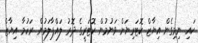
ކައި ނިމިގެން އިޔާޒް ކޮޓަރިޔަށް ވަނުމުން ކޮޓަރީގެ ދޮރު ލައްޕާލަމުން ރަހުމާ އިޔާޒް